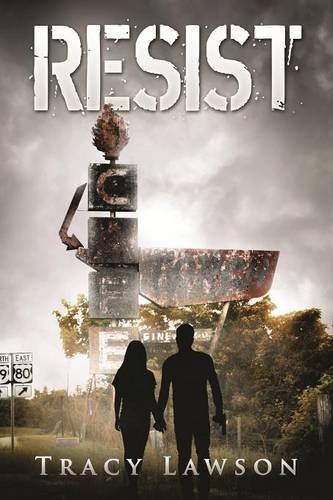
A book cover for Resist (The Resistance Series); Tracy Lawson; Teen & Young Adult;